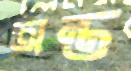
অন্ত